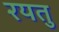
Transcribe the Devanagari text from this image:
रयतु